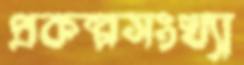
প্রকল্পসংখ্যা